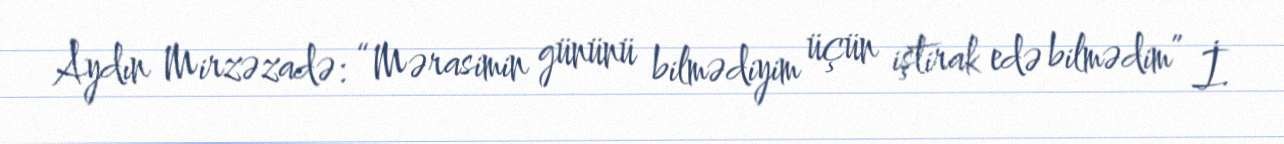
Aydın Mirzəzadə: “Mərasimin gününü bilmədiyim üçün iştirak edə bilmədim” İ.